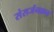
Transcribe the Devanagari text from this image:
संसर्जनक्रम